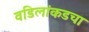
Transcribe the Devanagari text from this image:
वडिलांकडचा